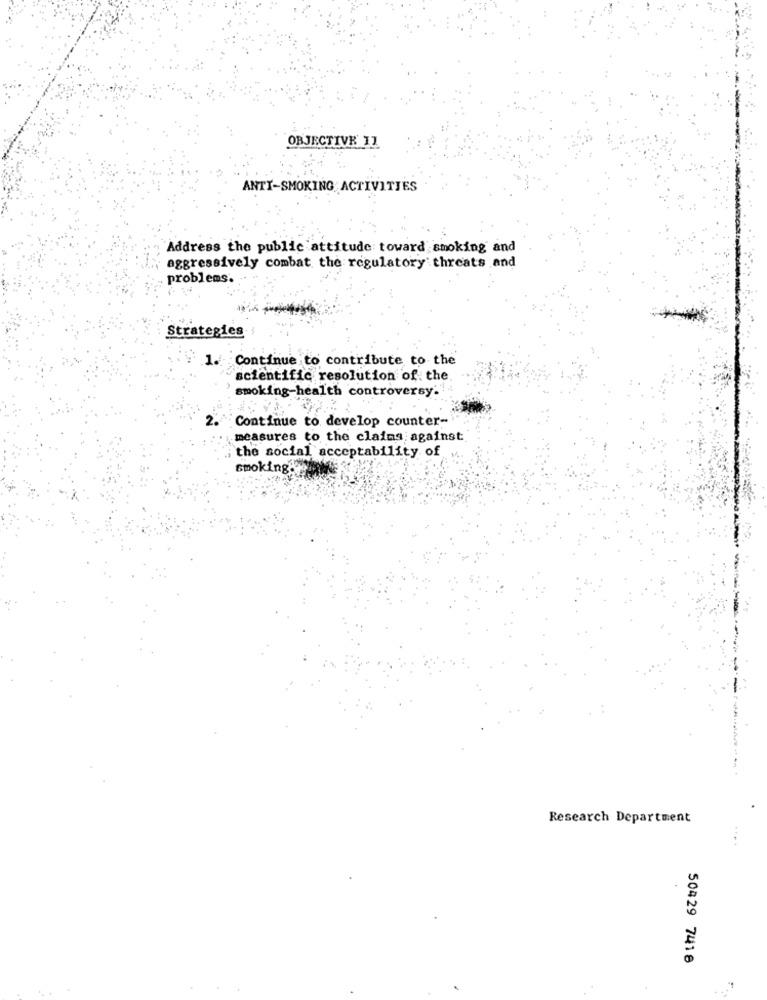
OBJECTIVE 11
ANTI-SMOKING ACTIVITIES
Address the public attitude toward smoking and
aggressively combat the regulatory threats and
problems.
Strategies
Continue to contribute to the
scientific resolution of the.
smoking-health controversy.
Continue to develop counter-
measures to the claims against
the social acceptability of
smoking. we
---
Research Department
50429 7418